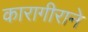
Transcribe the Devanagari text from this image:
कारागीराने